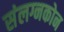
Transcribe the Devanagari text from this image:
संलग्नकोन